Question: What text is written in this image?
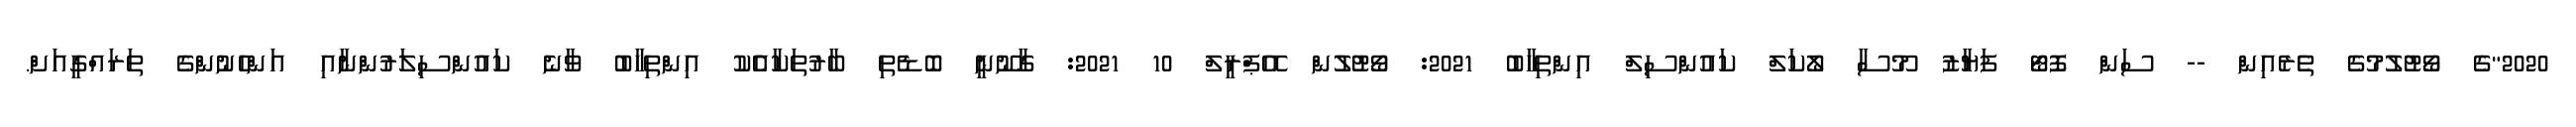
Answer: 2020"ގެ ވޯޓުލުމުގެ ތެރެއިން -- ސަން ފޮޓޯ ފަޔާޒު މޫސާ ލޯކަލް ކައުންސިލް އިންތިހާބު 2021: ވޯޓުލުން އޭޕްރީލް 10 2021: ގާނޫނީ ބޮޑެތި ބާރުތަކާއެެކު އިންތިހާބު ވާނެ ކައުންސިލަރުންނާއި އަންހެނުންގެ ތަރައްގީއަށް.